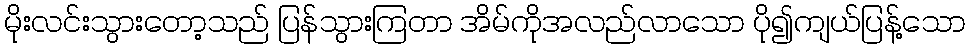
မိုးလင်းသွားတော့သည် ပြန်သွားကြတာ အိမ်ကိုအလည်လာသော ပို၍ကျယ်ပြန့်သော